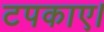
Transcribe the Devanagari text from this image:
टपकाए।